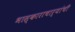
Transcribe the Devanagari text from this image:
भास्काराचार्यांची